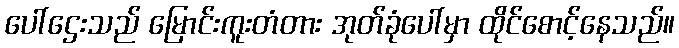
ပေါ်ဌေးသည် မြောင်းကူးတံတား အုတ်ခုံပေါ်မှာ ထိုင်စောင့်နေသည်။